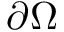
\partial \Omega